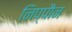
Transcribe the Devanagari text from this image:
निप्पौन